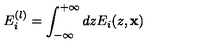
E _ { i } ^ { ( l ) } = \int _ { - \infty } ^ { + \infty } d z E _ { i } ( z , { \bf x } )